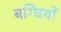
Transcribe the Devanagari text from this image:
बग्घियों